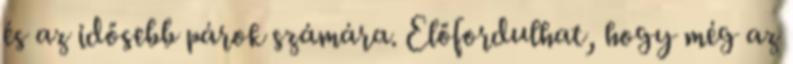
és az idősebb párok számára. Előfordulhat, hogy még az